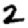
Digit: 2